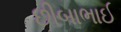
છીબાભાઈ